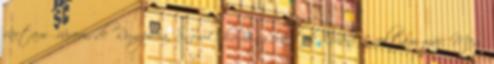
vártam várom, de Rumpiéra, Snow-Charmingéra tök kiváncsi voltam már. Meg